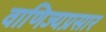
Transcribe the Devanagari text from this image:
वाणिज्यप्रसार